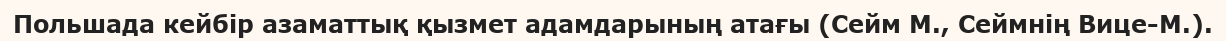
Польшада кейбір азаматтық қызмет адамдарының атағы (Сейм М., Сеймнің Вице-М.).